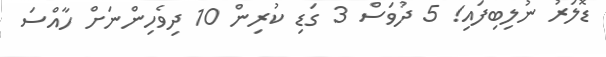
ޑޮލަރު ނުލިބިފައި! 5 ދުވަސް 3 ގަޑި ކުރިން 10 ދިވެހިންނަށް ހާއްސަ